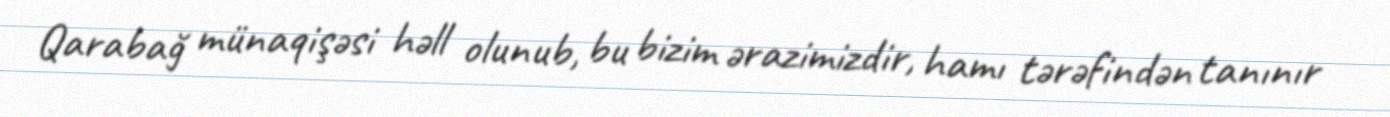
Qarabağ münaqişəsi həll olunub, bu bizim ərazimizdir, hamı tərəfindən tanınır